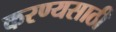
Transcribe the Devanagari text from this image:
करण्यसाठी